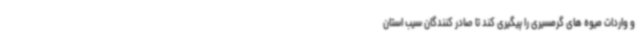
و واردات میوه های گرمسیری را پیگیری کند تا صادر کنندگان سیب استان